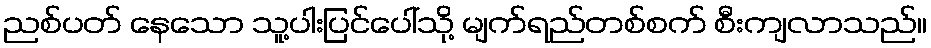
ညစ်ပတ် နေသော သူ့ပါးပြင်ပေါ်သို့ မျက်ရည်တစ်စက် စီးကျလာသည်။